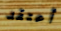
أعتقد